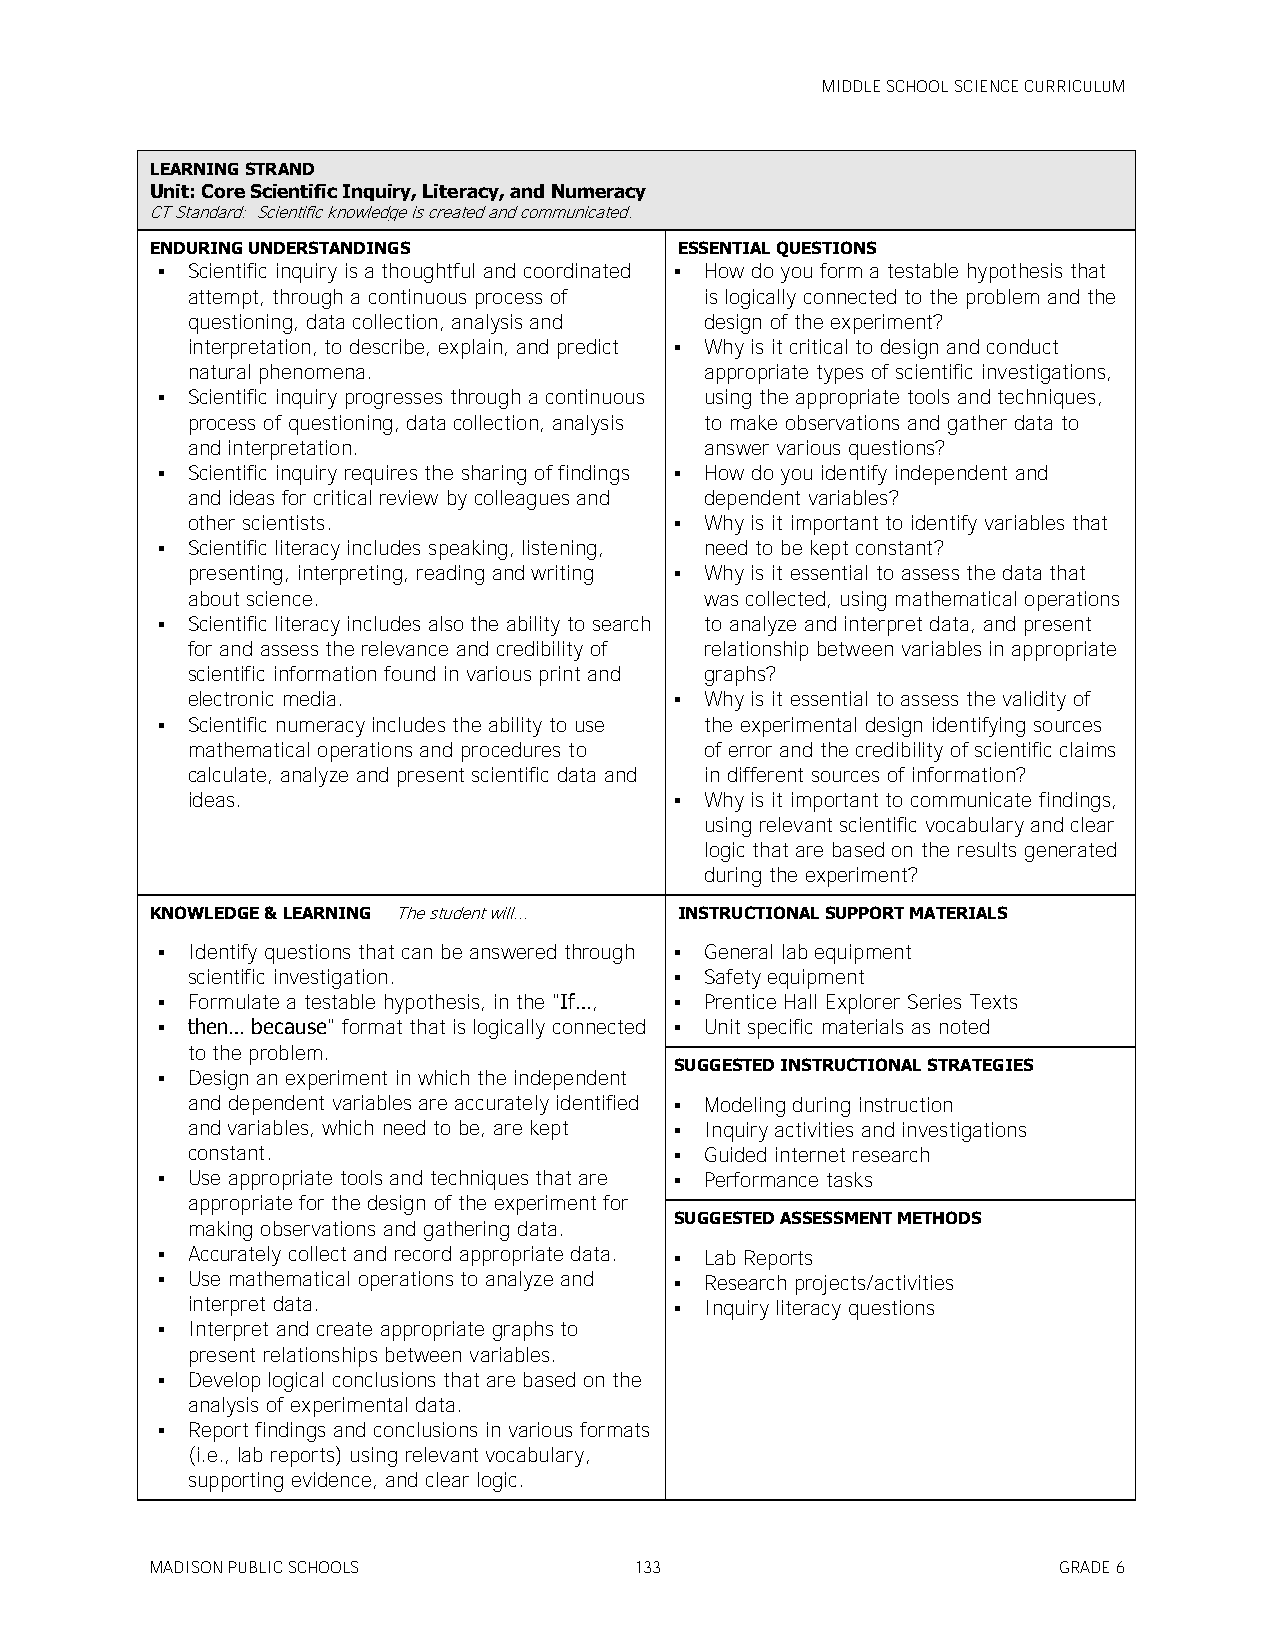
MIDDLE SCHOOL SCIENCE CURRICULUM
 LEARNING STRAND
 Unit: Core Scientific Inquiry, Literacy, and Numeracy
 CT Standard: Scientific knowledge is created and communicated.
 ENDURING UNDERSTANDINGS            ESSENTIAL QUESTIONS
  Scientific inquiry is a thoughtful and coordinated  How do you form a testable hypothesis that
 attempt, through a continuous process of is logically connected to the problem and the
 questioning, data collection, analysis and design of the experiment?
 interpretation, to describe, explain, and predict  Why is it critical to design and conduct
 natural phenomena.                 appropriate types of scientific investigations,
  Scientific inquiry progresses through a continuous using the appropriate tools and techniques,
 process of questioning, data collection, analysis to make observations and gather data to
 and interpretation.                answer various questions?
  Scientific inquiry requires the sharing of findings  How do you identify independent and
 and ideas for critical review by colleagues and dependent variables?
 other scientists.                 Why is it important to identify variables that
  Scientific literacy includes speaking, listening, need to be kept constant?
 presenting, interpreting, reading and writing  Why is it essential to assess the data that
 about science.                     was collected, using mathematical operations
  Scientific literacy includes also the ability to search to analyze and interpret data, and present
 for and assess the relevance and credibility of relationship between variables in appropriate
 scientific information found in various print and graphs?
 electronic media.                 Why is it essential to assess the validity of
  Scientific numeracy includes the ability to use the experimental design identifying sources
 mathematical operations and procedures to of error and the credibility of scientific claims
 calculate, analyze and present scientific data and in different sources of information?
 ideas.                            Why is it important to communicate findings,
 using relevant scientific vocabulary and clear
 logic that are based on the results generated
 during the experiment?
 KNOWLEDGE & LEARNING The student will... INSTRUCTIONAL SUPPORT MATERIALS
  Identify questions that can be answered through  General lab equipment
 scientific investigation.         Safety equipment
  Formulate a testable hypothesis, in the "If…,  Prentice Hall Explorer Series Texts
  then… because" format that is logically connected  Unit specific materials as noted
 to the problem.
 SUGGESTED INSTRUCTIONAL STRATEGIES
  Design an experiment in which the independent
 and dependent variables are accurately identified  Modeling during instruction
 and variables, which need to be, are kept  Inquiry activities and investigations
 constant.                         Guided internet research
  Use appropriate tools and techniques that are  Performance tasks
 appropriate for the design of the experiment for
 SUGGESTED ASSESSMENT METHODS
 making observations and gathering data.
  Accurately collect and record appropriate data.  Lab Reports
  Use mathematical operations to analyze and  Research projects/activities
 interpret data.                   Inquiry literacy questions
  Interpret and create appropriate graphs to
 present relationships between variables.
  Develop logical conclusions that are based on the
 analysis of experimental data.
  Report findings and conclusions in various formats
 (i.e., lab reports) using relevant vocabulary,
 supporting evidence, and clear logic.
 MADISON PUBLIC SCHOOLS          133                         GRADE 6